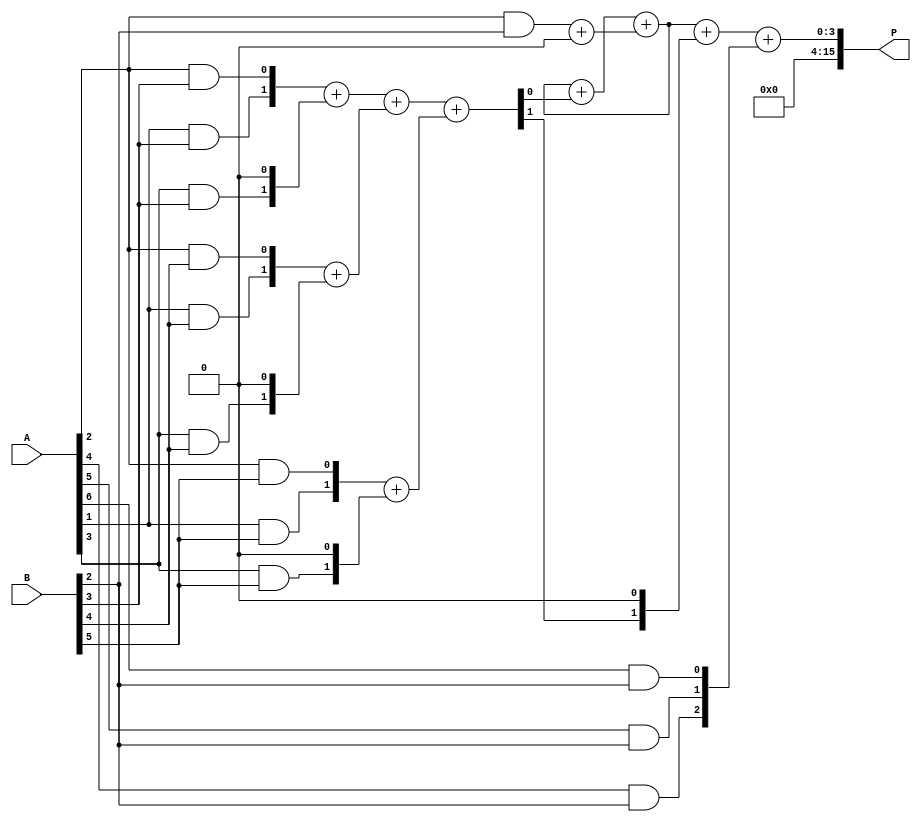
module WallaceTreeMultiplier #(parameter N = 8) (
    input  wire [N-1:0] A, // Multiplicand
    input  wire [N-1:0] B, // Multiplier
    output wire [2*N-1:0] P // Product
);

// Partial Product Generation
wire [N-1:0] pp[N-1:0]; // Partial Products
genvar i, j;
generate
    for (i = 0; i < N; i = i + 1) begin : PARTIAL_PRODUCTS
        for (j = 0; j < N; j = j + 1) begin : AND_GEN
            assign pp[i][j] = A[j] & B[i];
        end
    end
endgenerate

// Wallace Tree Reduction
wire [N+1:0] sum [0:N-1]; // Sums for carry-save addition
wire [N-1:0] carry [0:N-1]; // Carries for the same
wire [2*N-1:0] final_sum; // Final sum after carry propagation

// Initial stage of Wallace Tree Reduction
generate
    for (i = 0; i < N; i = i + 1) begin : FIRST_LEVEL
        assign sum[i] = {pp[i][0], pp[i][1], pp[i][2]} + {1'b0, pp[i][3], 1'b0};
        assign carry[i] = {pp[i][4], pp[i][5], pp[i][6]};
    end
endgenerate

// Reduction stages
generate
    for (i = 0; i < N/3; i = i + 1) begin : REDUCTION
        // Here we reduce 3 bits into 2 bits
        wire [1:0] sum_temp;
        assign sum_temp = sum[i*3] + sum[i*3+1] + sum[i*3+2];
        assign carry[i] = sum_temp[1]; // Carry out
        assign sum[i] = sum_temp[0]; // Sum out
    end
endgenerate

// Final Carry Propagation Adder
assign final_sum = {1'b0, sum[0]} + {carry[1], 1'b0} + {1'b0, carry[2]};

// Output the product
assign P = final_sum;

endmodule